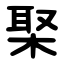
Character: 棸